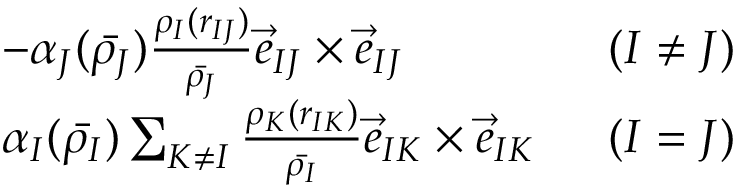
\begin{array} { r l r } & { - \alpha _ { J } ( \bar { \rho _ { J } } ) \frac { \rho _ { I } ( r _ { I J } ) } { \bar { \rho _ { J } } } \vec { e } _ { I J } \times \vec { e } _ { I J } } & { \; \; ( I \ne J ) } \\ & { \alpha _ { I } ( \bar { \rho _ { I } } ) \sum _ { K \ne I } \frac { \rho _ { K } ( r _ { I K } ) } { \bar { \rho _ { I } } } \vec { e } _ { I K } \times \vec { e } _ { I K } } & { \; \; ( I = J ) } \end{array}